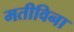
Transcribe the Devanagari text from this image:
मतीविना